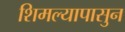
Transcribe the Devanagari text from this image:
शिमल्यापासुन